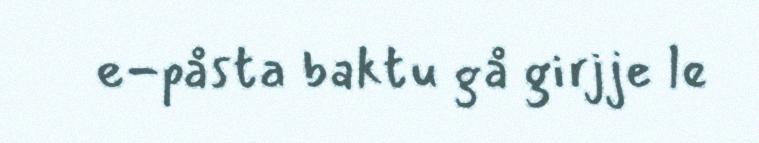
e-påsta baktu gå girjje le